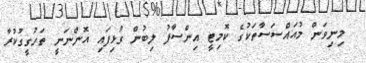
މިނިވަން މުއައްސަސާތަކުގެ ކޮމިޓީ އިންސާފު ލިބުން ގުޅިފައި އޮންނަނީ ތަހުގީގުކުރާ